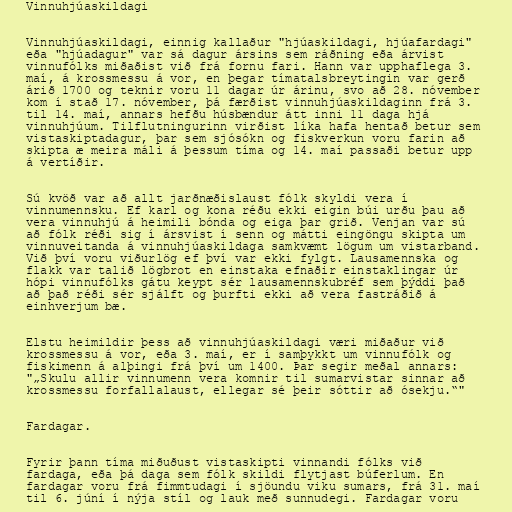
Vinnuhjúaskildagi

Vinnuhjúaskildagi, einnig kallaður "hjúaskildagi, hjúafardagi"
eða "hjúadagur" var sá dagur ársins sem ráðning eða árvist
vinnufólks miðaðist við frá fornu fari. Hann var upphaflega 3.
maí, á krossmessu á vor, en þegar tímatalsbreytingin var gerð
árið 1700 og teknir voru 11 dagar úr árinu, svo að 28. nóvember
kom í stað 17. nóvember, þá færðist vinnuhjúaskildaginn frá 3.
til 14. maí, annars hefðu húsbændur átt inni 11 daga hjá
vinnuhjúum. Tilflutningurinn virðist líka hafa hentað betur sem
vistaskiptadagur, þar sem sjósókn og fiskverkun voru farin að
skipta æ meira máli á þessum tíma og 14. maí passaði betur upp
á vertíðir.

Sú kvöð var að allt jarðnæðislaust fólk skyldi vera í
vinnumennsku. Ef karl og kona réðu ekki eigin búi urðu þau að
vera vinnuhjú á heimili bónda og eiga þar grið. Venjan var sú
að fólk réði sig í ársvist í senn og mátti eingöngu skipta um
vinnuveitanda á vinnuhjúaskildaga samkvæmt lögum um vistarband.
Við því voru viðurlög ef því var ekki fylgt. Lausamennska og
flakk var talið lögbrot en einstaka efnaðir einstaklingar úr
hópi vinnufólks gátu keypt sér lausamennskubréf sem þýddi það
að það réði sér sjálft og þurfti ekki að vera fastráðið á
einhverjum bæ.

Elstu heimildir þess að vinnuhjúaskildagi væri miðaður við
krossmessu á vor, eða 3. maí, er í samþykkt um vinnufólk og
fiskimenn á alþingi frá því um 1400. Þar segir meðal annars:
"„Skulu allir vinnumenn vera komnir til sumarvistar sinnar að
krossmessu forfallalaust, ellegar sé þeir sóttir að ósekju.“"

Fardagar.

Fyrir þann tíma miðuðust vistaskipti vinnandi fólks við
fardaga, eða þá daga sem fólk skildi flytjast búferlum. En
fardagar voru frá fimmtudagi í sjöundu viku sumars, frá 31. maí
til 6. júní í nýja stíl og lauk með sunnudegi. Fardagar voru